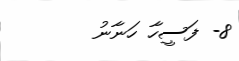
8- ފަސީހާ ހަނާނު